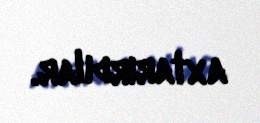
axtarırdılar.